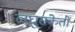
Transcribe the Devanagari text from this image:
लघुसंकेतों